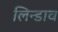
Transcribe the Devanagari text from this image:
लिन्डाव